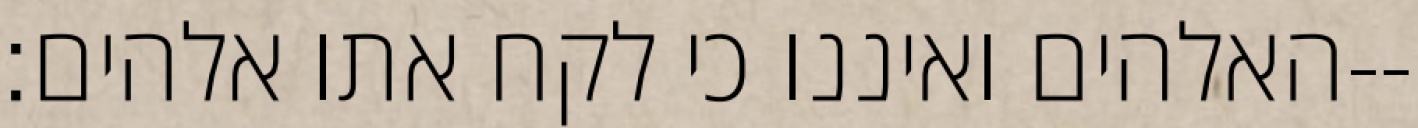
האלהים ואיננו כי לקח אתו אלהים׃--